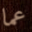
عما